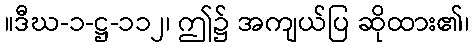
။ဒီဃ-၁-ဋ္ဌ-၁၁၂၊ ဤ၌ အကျယ်ပြ ဆိုထား၏၊